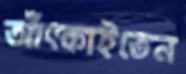
আঁৎকাইতেন